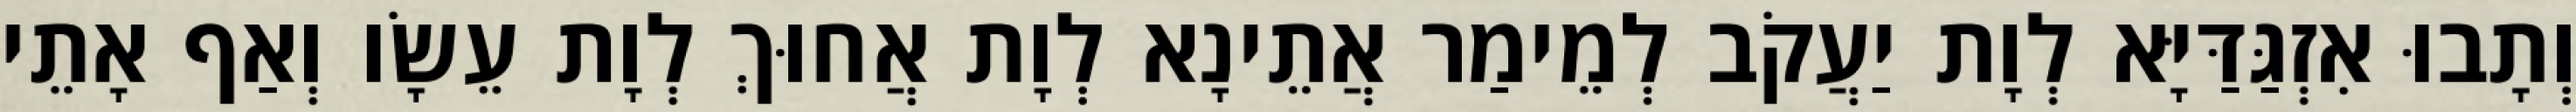
וְתָבוּ אִזְגַּדַּיָּא לְוָת יַעֲקֹב לְמֵימַר אֲתֵינָא לְוָת אֲחוּךְ לְוָת עֵשָׂו וְאַף אָתֵי